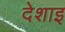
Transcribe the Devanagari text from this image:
देशाइ